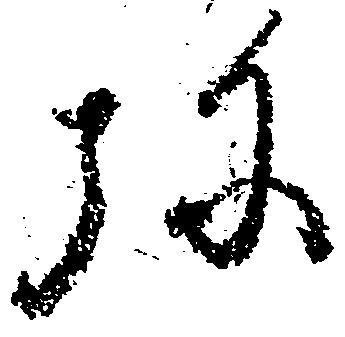
弥